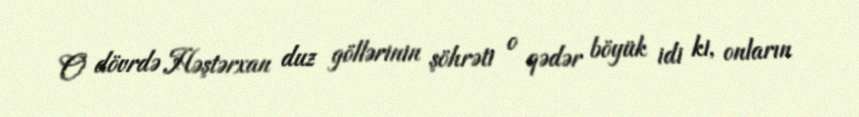
O dövrdə Həştərxan duz göllərinin şöhrəti o qədər böyük idi ki, onların